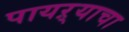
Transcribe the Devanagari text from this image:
पायऱ्याचा